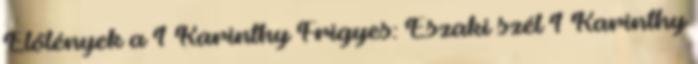
Élőlények a 1 Karinthy Frigyes: Északi szél 1 Karinthy